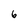
Character: 6